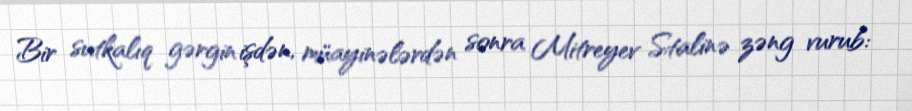
Bir sutkalıq gərgin işdən, müayinələrdən sonra Mitreyev Stalinə zəng vurub: